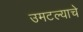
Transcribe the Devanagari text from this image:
उमटल्याचे